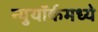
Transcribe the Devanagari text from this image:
न्युयॉर्कमध्ये